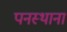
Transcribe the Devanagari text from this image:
पनस्थाना